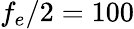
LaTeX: f_{e}/2=100